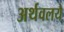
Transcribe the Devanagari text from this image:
अर्थवलये